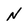
Character: N